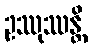
ဥဿုဿန္တိ